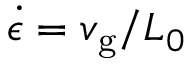
\dot { \epsilon } = v _ { \mathrm { g } } / L _ { 0 }